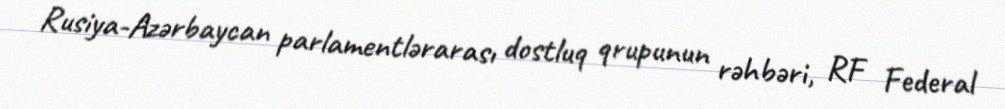
Rusiya-Azərbaycan parlamentlərarası dostluq qrupunun rəhbəri, RF Federal